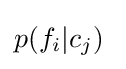
p(f_{i}|c_{j})\